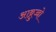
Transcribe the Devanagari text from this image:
आब्रुज्जो